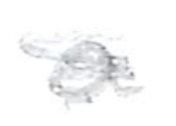
Text: a
Cross-out: scratch
Writing tool: pencil